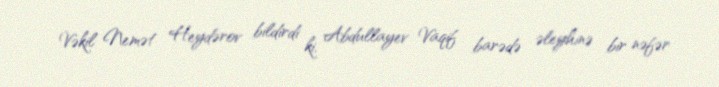
Vəkil Nemət Heydərov bildirdi ki, Abdullayev Vaqif barədə əleyhinə bir nəfər